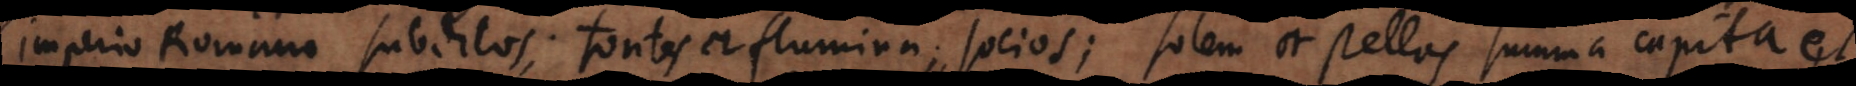
imperio Romano subditos; fontes et flumina; socios; solem et stellas summa capita et